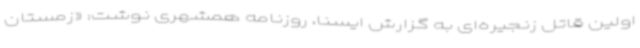
اولین قاتل زنجیره‌ای به گزارش ایسنا، روزنامه همشهری نوشت: «زمستان